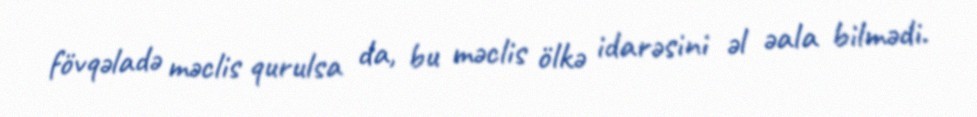
fövqəladə məclis qurulsa da, bu məclis ölkə idarəsini əl əala bilmədi.